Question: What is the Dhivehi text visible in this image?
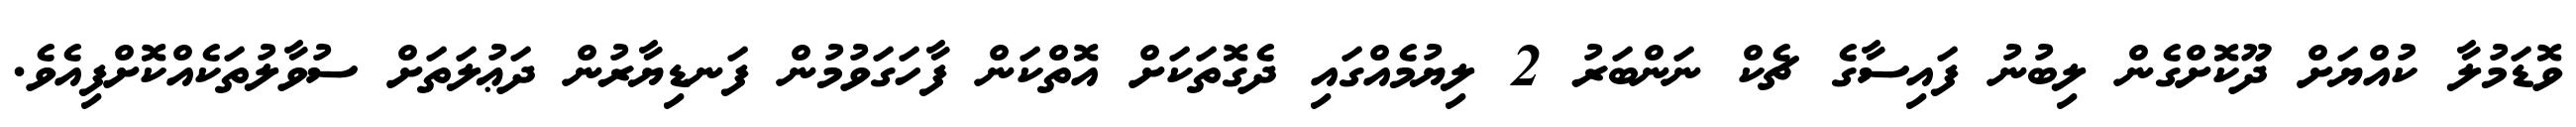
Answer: ވޮޑަމުލާ ކުއްޔަށް ދޫކޮށްގެން ލިބުނު ފައިސާގެ ޗެކް ނަންބަރު 2 ލިޔުމެއްގައި ދެގޮތަކަށް އޮތްކަން ފާހަގަވުމުން ފަނޑިޔާރުން ދަޢުލަތަށް ސުވާލުތަކެއްކޮށްފިއެވެ.